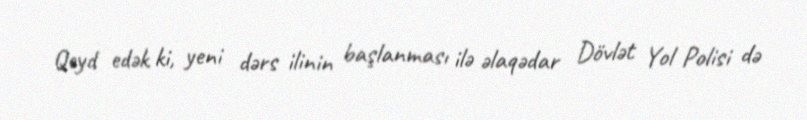
Qeyd edək ki, yeni dərs ilinin başlanması ilə əlaqədar Dövlət Yol Polisi də